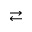
\rightleftarrows